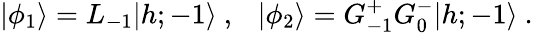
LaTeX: \vert\phi_{1}\rangle=L_{-1}\vert{h;-1}\rangle{}~,{}~{}~{}~\vert\phi_{2}\rangle=G_{-1}^{+}G_{0}^{-}\vert{h;-1}\rangle{}~.